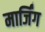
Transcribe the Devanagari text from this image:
मार्जिंग